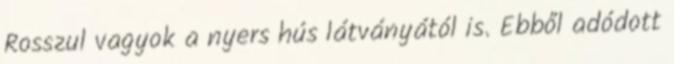
Rosszul vagyok a nyers hús látványától is. Ebből adódott